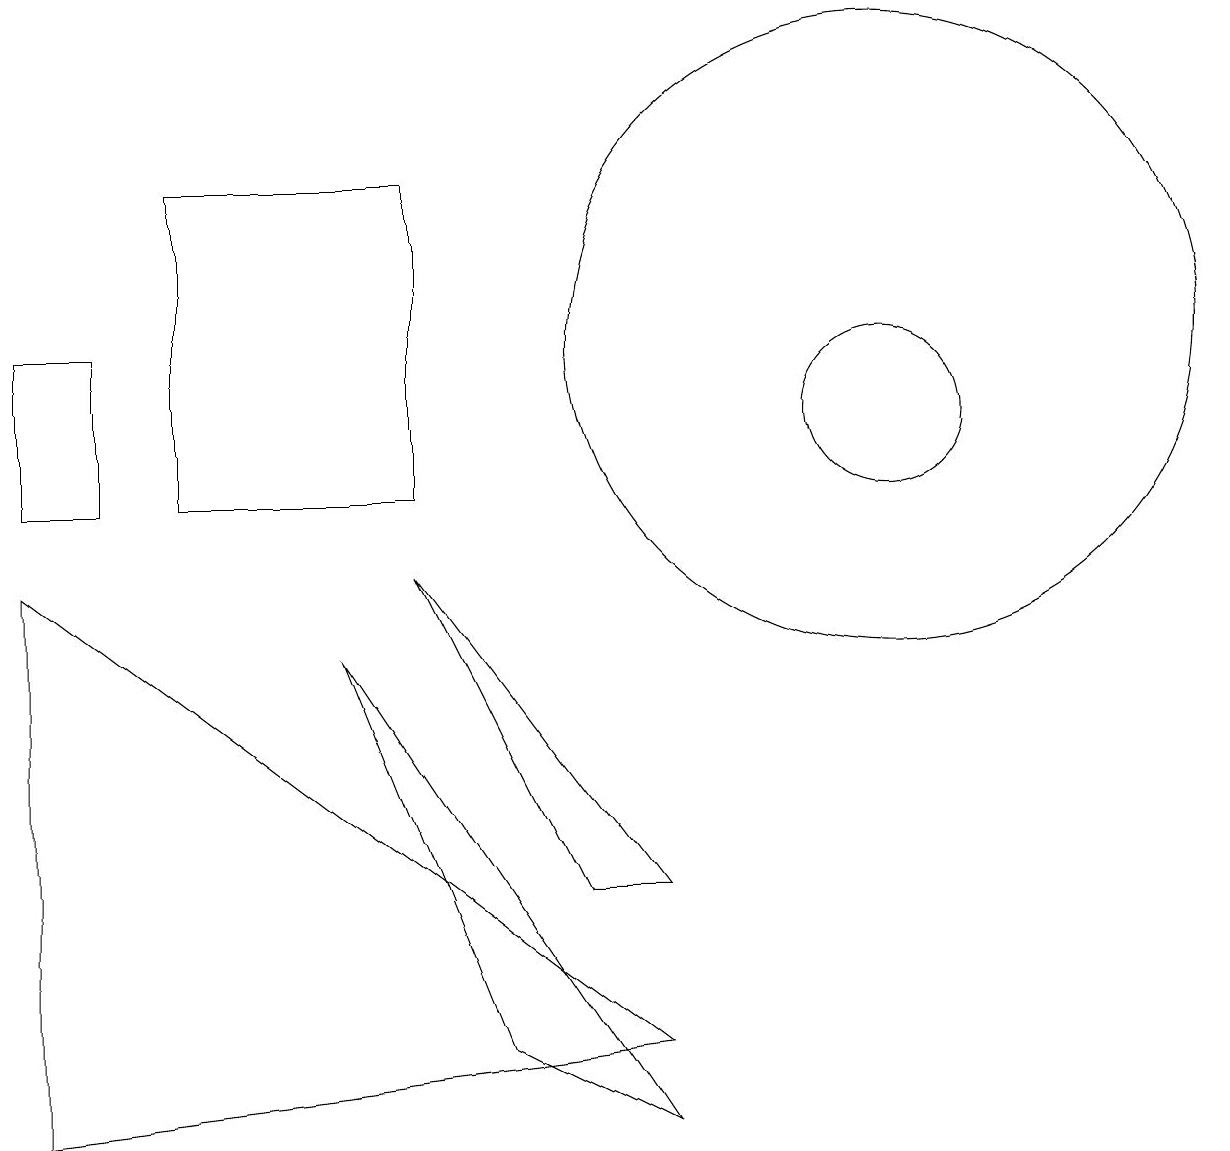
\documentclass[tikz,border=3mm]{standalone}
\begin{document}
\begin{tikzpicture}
\draw (6,3) -- (8,2) -- (4,8) -- cycle;
\draw (8,3) -- (0,9) -- (0,2) -- cycle;
\draw (11,11) circle (1);
\draw (2,14) rectangle (5,10);
\draw (11,12) circle (4);
\draw (5,9) -- (8,5) -- (7,5) -- cycle;
\draw (0,12) rectangle (1,10);
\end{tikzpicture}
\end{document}